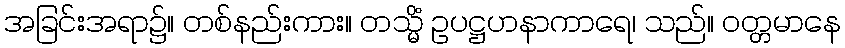
အခြင်းအရာ၌။ တစ်နည်းကား။ တသ္မိံ ဥပဋ္ဌဟနာကာရေ၊ သည်။ ဝတ္တမာနေ